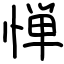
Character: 惮